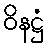
ဝိနဋ္ဌံ